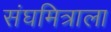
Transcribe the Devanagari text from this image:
संघमित्राला